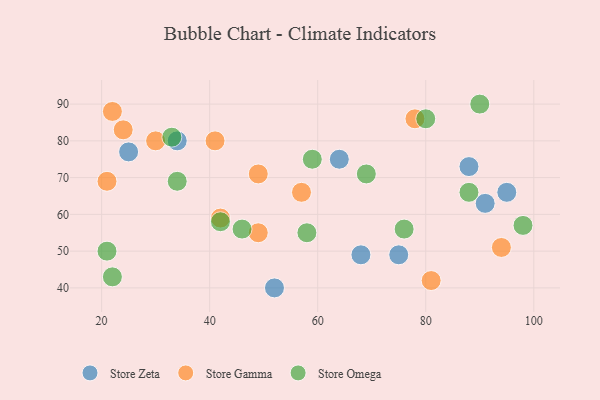
{"axis": {"x": "GDP", "y": "Life Expectancy"}, "legend": ["Store Gamma", "Store Omega", "Store Zeta"], "data": [{"x": "91", "y": 63, "type": "Store Zeta"}, {"x": "75", "y": 49, "type": "Store Zeta"}, {"x": "64", "y": 75, "type": "Store Zeta"}, {"x": "25", "y": 77, "type": "Store Zeta"}, {"x": "68", "y": 49, "type": "Store Zeta"}, {"x": "52", "y": 40, "type": "Store Zeta"}, {"x": "34", "y": 80, "type": "Store Zeta"}, {"x": "88", "y": 73, "type": "Store Zeta"}, {"x": "95", "y": 66, "type": "Store Zeta"}, {"x": "24", "y": 83, "type": "Store Gamma"}, {"x": "41", "y": 80, "type": "Store Gamma"}, {"x": "22", "y": 88, "type": "Store Gamma"}, {"x": "21", "y": 69, "type": "Store Gamma"}, {"x": "81", "y": 42, "type": "Store Gamma"}, {"x": "57", "y": 66, "type": "Store Gamma"}, {"x": "78", "y": 86, "type": "Store Gamma"}, {"x": "30", "y": 80, "type": "Store Gamma"}, {"x": "94", "y": 51, "type": "Store Gamma"}, {"x": "49", "y": 55, "type": "Store Gamma"}, {"x": "42", "y": 59, "type": "Store Gamma"}, {"x": "49", "y": 71, "type": "Store Gamma"}, {"x": "42", "y": 58, "type": "Store Omega"}, {"x": "80", "y": 86, "type": "Store Omega"}, {"x": "59", "y": 75, "type": "Store Omega"}, {"x": "46", "y": 56, "type": "Store Omega"}, {"x": "88", "y": 66, "type": "Store Omega"}, {"x": "21", "y": 50, "type": "Store Omega"}, {"x": "58", "y": 55, "type": "Store Omega"}, {"x": "33", "y": 81, "type": "Store Omega"}, {"x": "34", "y": 69, "type": "Store Omega"}, {"x": "22", "y": 43, "type": "Store Omega"}, {"x": "76", "y": 56, "type": "Store Omega"}, {"x": "90", "y": 90, "type": "Store Omega"}, {"x": "69", "y": 71, "type": "Store Omega"}, {"x": "98", "y": 57, "type": "Store Omega"}]}